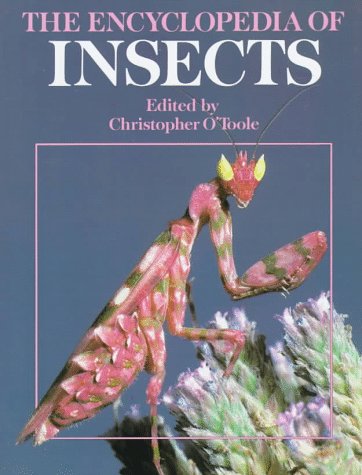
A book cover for The Encyclopedia of Insects; Sports & Outdoors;